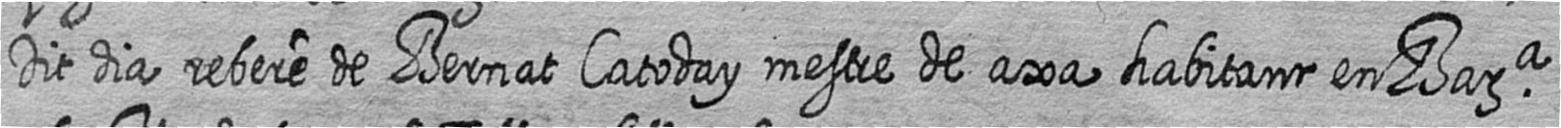
Dit dia rebere de Bernat Catoday mestre de axa habitant en Bara